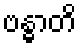
ဗန္ဓာတိ